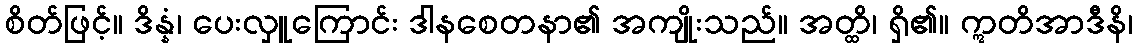
စိတ်ဖြင့်။ ဒိန္နံ၊ ပေးလှူကြောင်း ဒါနစေတနာ၏ အကျိုးသည်။ အတ္ထိ၊ ရှိ၏။ ဣတိအာဒီနိ၊